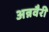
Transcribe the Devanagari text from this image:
अन्नवैरी